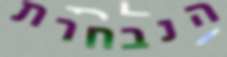
הנבחרת